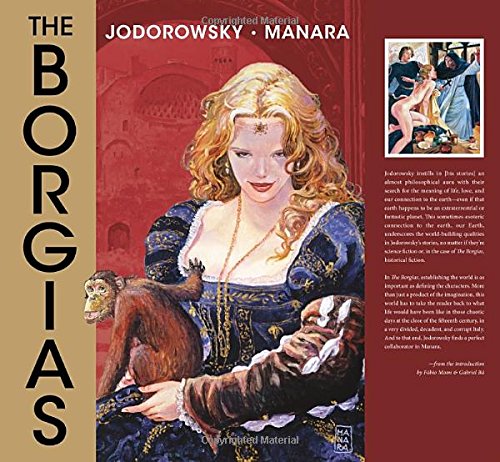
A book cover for The Borgias (Manara Library); Alejandro Jodorowski; Comics & Graphic Novels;